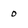
Character: o